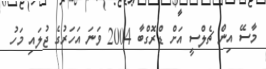
މާސޭ އިން ޗެލްސީ އަށް ޑްރޮގްބާ 2004 ވަނަ އަހަރުގެ ޖުލައި މަހު